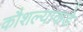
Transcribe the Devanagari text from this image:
कौशल्याकडे